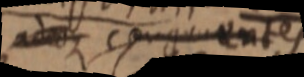
adeoque congruentes